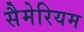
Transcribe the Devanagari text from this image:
सैमेरियम